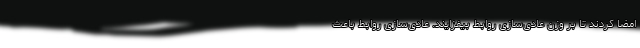
امضا کردند تا بر وزن عادی‌سازی روابط بیفزایند. عادی‌سازی روابط باعث